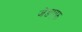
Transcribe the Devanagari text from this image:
जेडएफ